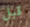
قبل